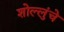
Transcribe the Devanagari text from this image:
शोल्लुंचे